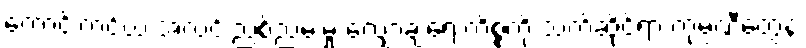
ကောင်းကင်ယံ အလင်းညစ်ညမ်းမှု လျှော့ချရေးကိစ္စကို သက်ဆိုင်ရာ ကုမ္ပဏီတွေနဲ့